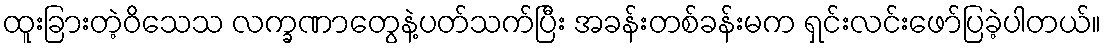
ထူးခြားတဲ့ဝိသေသ လက္ခဏာတွေနဲ့ပတ်သက်ပြီး အခန်းတစ်ခန်းမက ရှင်းလင်းဖော်ပြခဲ့ပါတယ်။